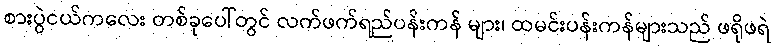
စားပွဲငယ်ကလေး တစ်ခုပေါ်တွင် လက်ဖက်ရည်ပန်းကန် များ၊ ထမင်းပန်းကန်များသည် ဖရိုဖရဲ